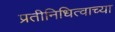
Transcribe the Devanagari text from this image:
प्रतीनिधित्वाच्या